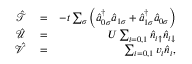
\begin{array} { r l r } { \mathcal { \hat { T } } } & { { } = } & { - t \sum _ { \sigma } \left( \hat { a } _ { 0 \sigma } ^ { \dagger } \hat { a } _ { 1 \sigma } + \hat { a } _ { 1 \sigma } ^ { \dagger } \hat { a } _ { 0 \sigma } \right) } \\ { \mathcal { \hat { U } } } & { { } = } & { U \sum _ { i = 0 , 1 } \hat { n } _ { i \uparrow } \hat { n } _ { i \downarrow } } \\ { \mathcal { \hat { V } } } & { { } = } & { \sum _ { i = 0 , 1 } v _ { i } \hat { n } _ { i } , } \end{array}